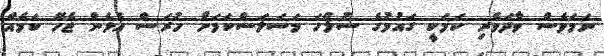
ނަމަވެސް ވާދަވެރި ކަމަކީ ގައުމުގެ ސުލްހަ މަސަލަސްކަމަށް ހުރަސް އެޅެން ޖެހޭ ކަމެއް